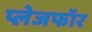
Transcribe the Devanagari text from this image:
प्लेजफॉर